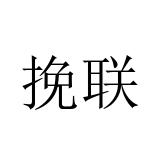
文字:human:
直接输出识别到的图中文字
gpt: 挽联